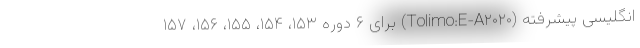
انگلیسی پیشرفته (Tolimo:E-A۲۰۲۰) برای ۶ دوره ۱۵۳، ۱۵۴، ۱۵۵، ۱۵۶، ۱۵۷